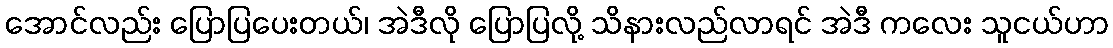
အောင်လည်း ပြောပြပေးတယ်၊ အဲဒီလို ပြောပြလို့ သိနားလည်လာရင် အဲဒီ ကလေး သူငယ်ဟာ